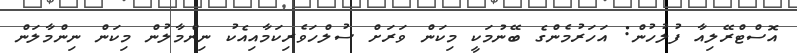
އޮސްޓްރޭލިއާ ފުލުހުން: އަހަރުމެންގެ ބޭނުމަކީ މިކަން ވަރަށް ސުލްހަވެރިކަމާއިއެކު ނިންމާލުން މިކަން ނިންމާލަން